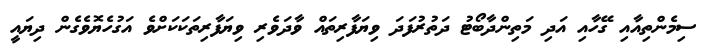
ސިމެންތިއާއި ގޭހާއި އަދި މަތިންދާބޯޓު ދަތުރުފަދަ ވިޔަފާރިތައް ވާދަވެރި ވިޔަފާރިތަކަކަށްވެ އަގުހެޔޮވެގެން ދިޔައީ